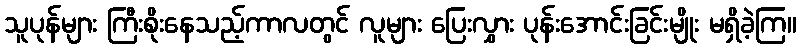
သူပုန်များ ကြီးစိုးနေသည့်ကာလတွင် လူများ ပြေးလွှား ပုန်းအောင်းခြင်းမျိုး မရှိခဲ့ကြ။